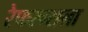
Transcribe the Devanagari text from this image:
रेफरन्सला